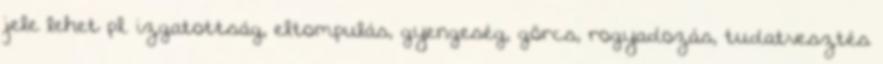
jele lehet pl. izgatottság, eltompulás, gyengeség, görcs, rogyadozás, tudatvesztés